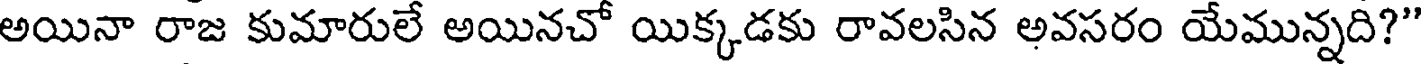
అయినా రాజ కుమారులే అయినచో యిక్కడకు రావలసిన అవసరం యేమున్నది?"